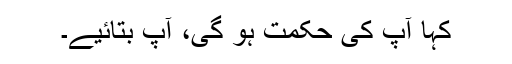
کہا آپ کی حکمت ہو گی، آپ بتائیے۔